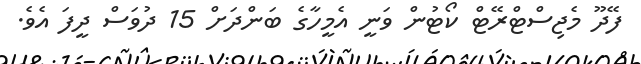
ފޭދޫ މެޖިސްޓްރޭޓް ކޯޓުން ވަނީ އެމީހާގެ ބަންދަށް 15 ދުވަސް ދީފަ އެވެ.